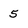
Character: 5